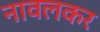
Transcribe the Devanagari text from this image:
नावलकर